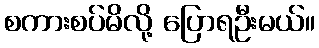
စကားစပ်မိလို့ ပြောရဦးမယ်။